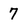
Character: 7